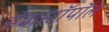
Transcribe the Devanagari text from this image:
सेवास्टॉपॉल